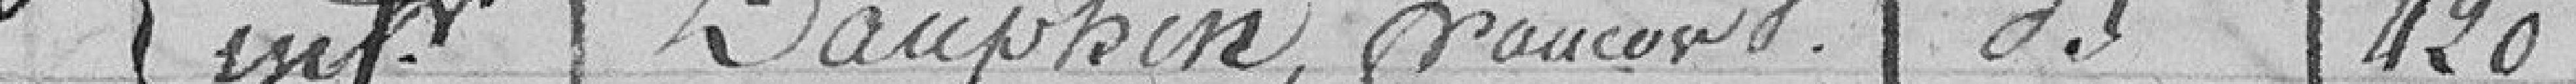
inf Dauphin François B  420